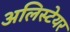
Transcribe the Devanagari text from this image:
अलिस्टेयर